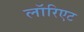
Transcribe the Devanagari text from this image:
लॉरिएट